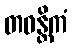
တဝန္တိကံ